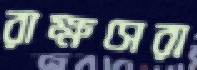
রাক্ষসেরা